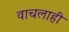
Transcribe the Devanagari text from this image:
वाचलाही